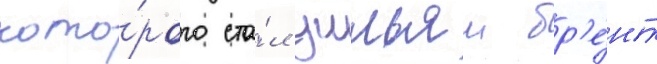
кото́рого ста́л уильям бр'е́нт